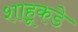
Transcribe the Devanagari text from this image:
शाहूकडे